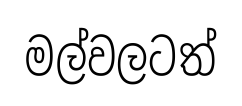
මල්වලටත්